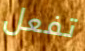
تفعل